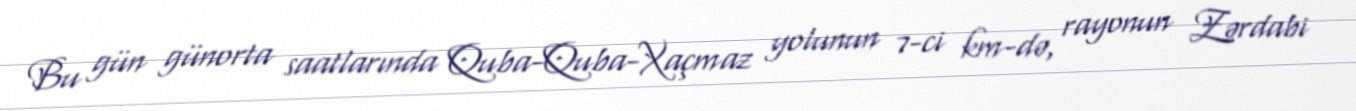
Bu gün günorta saatlarında Quba-Quba-Xaçmaz yolunun 7-ci km-də, rayonun Zərdabi